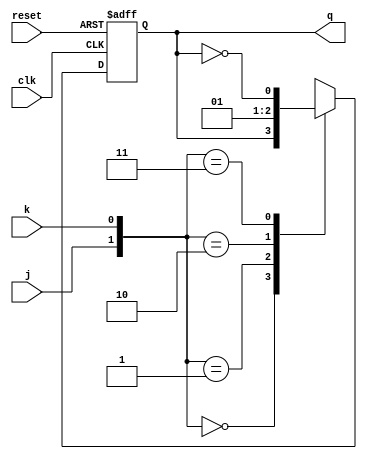
module jkff(q,j,k,clk,reset);
input j,k,reset,clk;
output reg q;
always@ (negedge reset or negedge clk)
if (!reset)
	q<=0;
else
	case ({j,k})
		2'b00: q<=q;
		2'b01: q<=0;
		2'b10: q<=1;
		2'b11: q<=~q;
	endcase
endmodule

module l10q1(A,clk,reset);
input clk,reset;
output [2:0]A;
jkff ff1(A[2],A[1],A[1]&A[0],clk,reset);
jkff ff2(A[1],A[0],~A[2]|A[0],clk,reset);
jkff ff3(A[0],A[2]|~A[1],1'b1,clk,reset);
endmodule